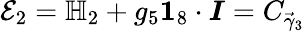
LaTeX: \mathcal{E}_{2}=\mathbb{H}_{2}+g_{5}\boldsymbol{1}_{8}\cdot\boldsymbol{I}=C_{\vec{\gamma}_{3}}